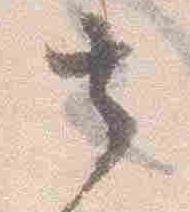
去